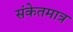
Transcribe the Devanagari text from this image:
संकेतमात्र